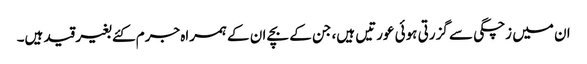
ان میں زچگی سے گزرتی ہوئی عورتیں ہیں، جن کے بچے ان کے ہمراہ جرم کئے بغیر قید ہیں۔